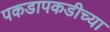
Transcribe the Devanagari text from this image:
पकडापकडीच्या